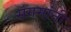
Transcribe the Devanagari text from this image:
संगमांनी